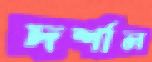
দর্শাল